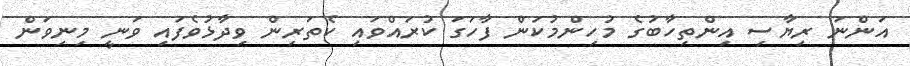
އަންނަ ރިޔާސި އިންތިހާބުގެ މުހިންމުކަން ފާހަގަ ކުރައްވައި ކެތަރިން ވިދާޅުވެފައި ވަނީ މިނިވަން